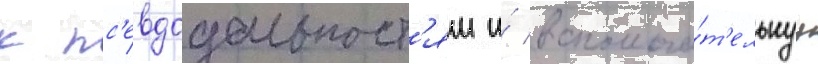
к пс'евдодальност'ям и́ вспомога́т'ельнуу